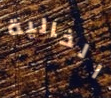
الخالية